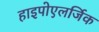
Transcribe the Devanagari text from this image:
हाइपोएलर्जिक